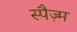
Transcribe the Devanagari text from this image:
स्पैज़्म